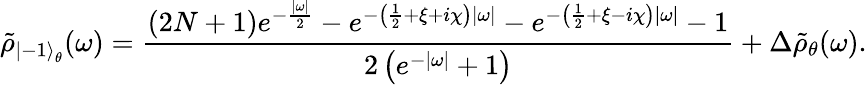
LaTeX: \tilde{\rho}_{{\left|-1\right\rangle}_{\theta}}(\omega)=\frac{(2N+1)e^{-\frac{|\omega|}{2}}-e^{-\left(\frac 12+\xi+i\chi\right)|\omega|}-e^{-\left(\frac 12+\xi-i\chi\right)|\omega|}-1}{2\left(e^{-|\omega|}+1\right)}+\Delta\tilde{\rho}_{\theta}(\omega).